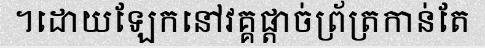
។ដោយឡែកនៅវគ្គផ្តាច់ព្រ័ត្រកាន់តែ